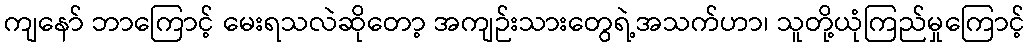
ကျနော် ဘာကြောင့် မေးရသလဲဆိုတော့ အကျဉ်းသားတွေရဲ့အသက်ဟာ၊ သူတို့ယုံကြည်မှုကြောင့်